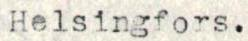
Helsingfors.